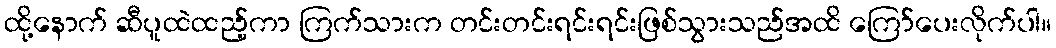
ထို့နောက် ဆီပူထဲထည့်ကာ ကြက်သားက တင်းတင်းရင်းရင်းဖြစ်သွားသည်အထိ ကြော်ပေးလိုက်ပါ။